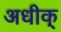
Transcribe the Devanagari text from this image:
अधीक्